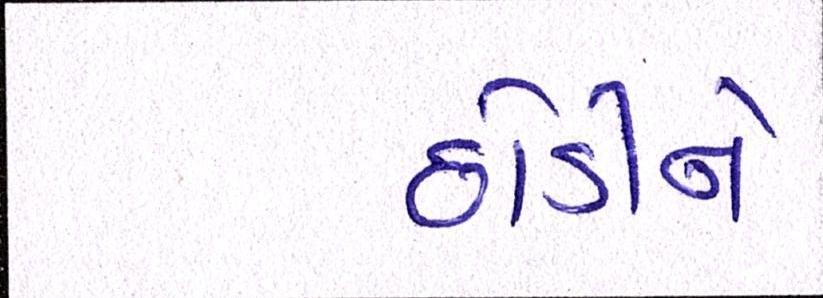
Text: છોડીને